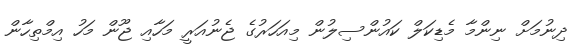
ދިނުމަށް ނިންމާ މެެޑިކަލް ކައުންސިލުން މިއަހަރުގެ ޖެނުއަރީ މަހާއި ޖޫން މަހު އިމްތިހާން